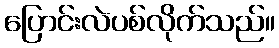
ပြောင်းလဲပစ်လိုက်သည်။